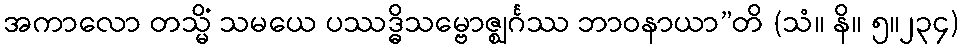
အကာလော တသ္မိံ သမယေ ပဿဒ္ဓိသမ္ဗောဇ္ဈင်္ဂဿ ဘာဝနာယာ”တိ (သံ။ နိ။ ၅။၂၃၄)